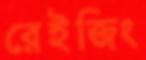
রেইজিং